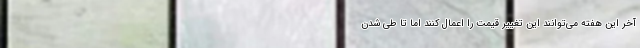
آخر این هفته می‌توانند این تغییر قیمت را اعمال کنند اما تا طی شدن